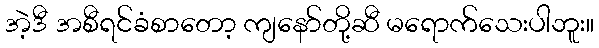
အဲ့ဒီ အစီရင်ခံစာတော့ ကျနော်တို့ဆီ မရောက်သေးပါဘူး။